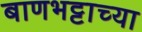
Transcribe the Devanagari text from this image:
बाणभट्टाच्या